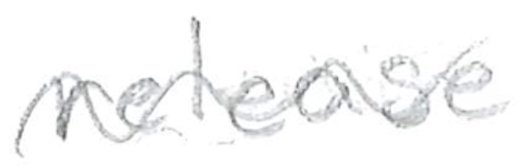
Text: release
Cross-out: wave
Writing tool: pencil